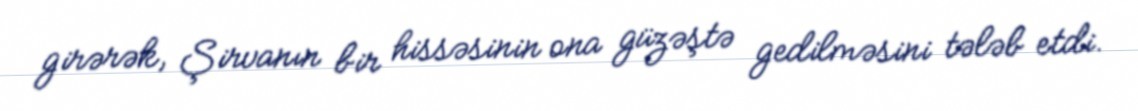
girərək, Şirvanın bir hissəsinin ona güzəştə gedilməsini tələb etdi.